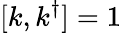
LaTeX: [k,k^{\dagger}]=1